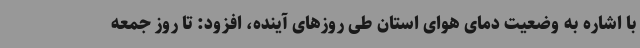
با اشاره به وضعیت دمای هوای استان طی روزهای آینده، افزود: تا روز جمعه